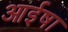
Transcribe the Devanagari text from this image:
आईषा